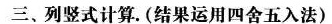
三、列竖式计算。(结果运用四舍五入法)